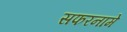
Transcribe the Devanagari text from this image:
सफरनामे